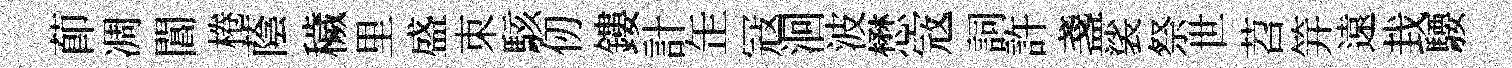
莭凋閶棬蔭穢里盛朿駭仞鏤計𦈢冦洄波懋𡨥詞許盞裟祭世苕笄遠㘽騕